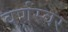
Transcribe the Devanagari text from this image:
वर्णस्वर